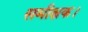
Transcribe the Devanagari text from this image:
समीक्षक।